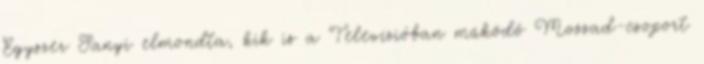
Egyszer Sanyi elmond­ta, kik is a Televízióban működő Mossad-csoport